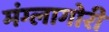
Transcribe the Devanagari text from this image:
मंग्लागोरी